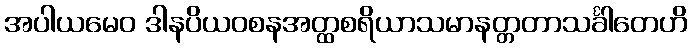
အပါယမေဝ ဒါနပိယဝစနအတ္ထစရိယာသမာနတ္တတာသင်္ခါတေဟိ